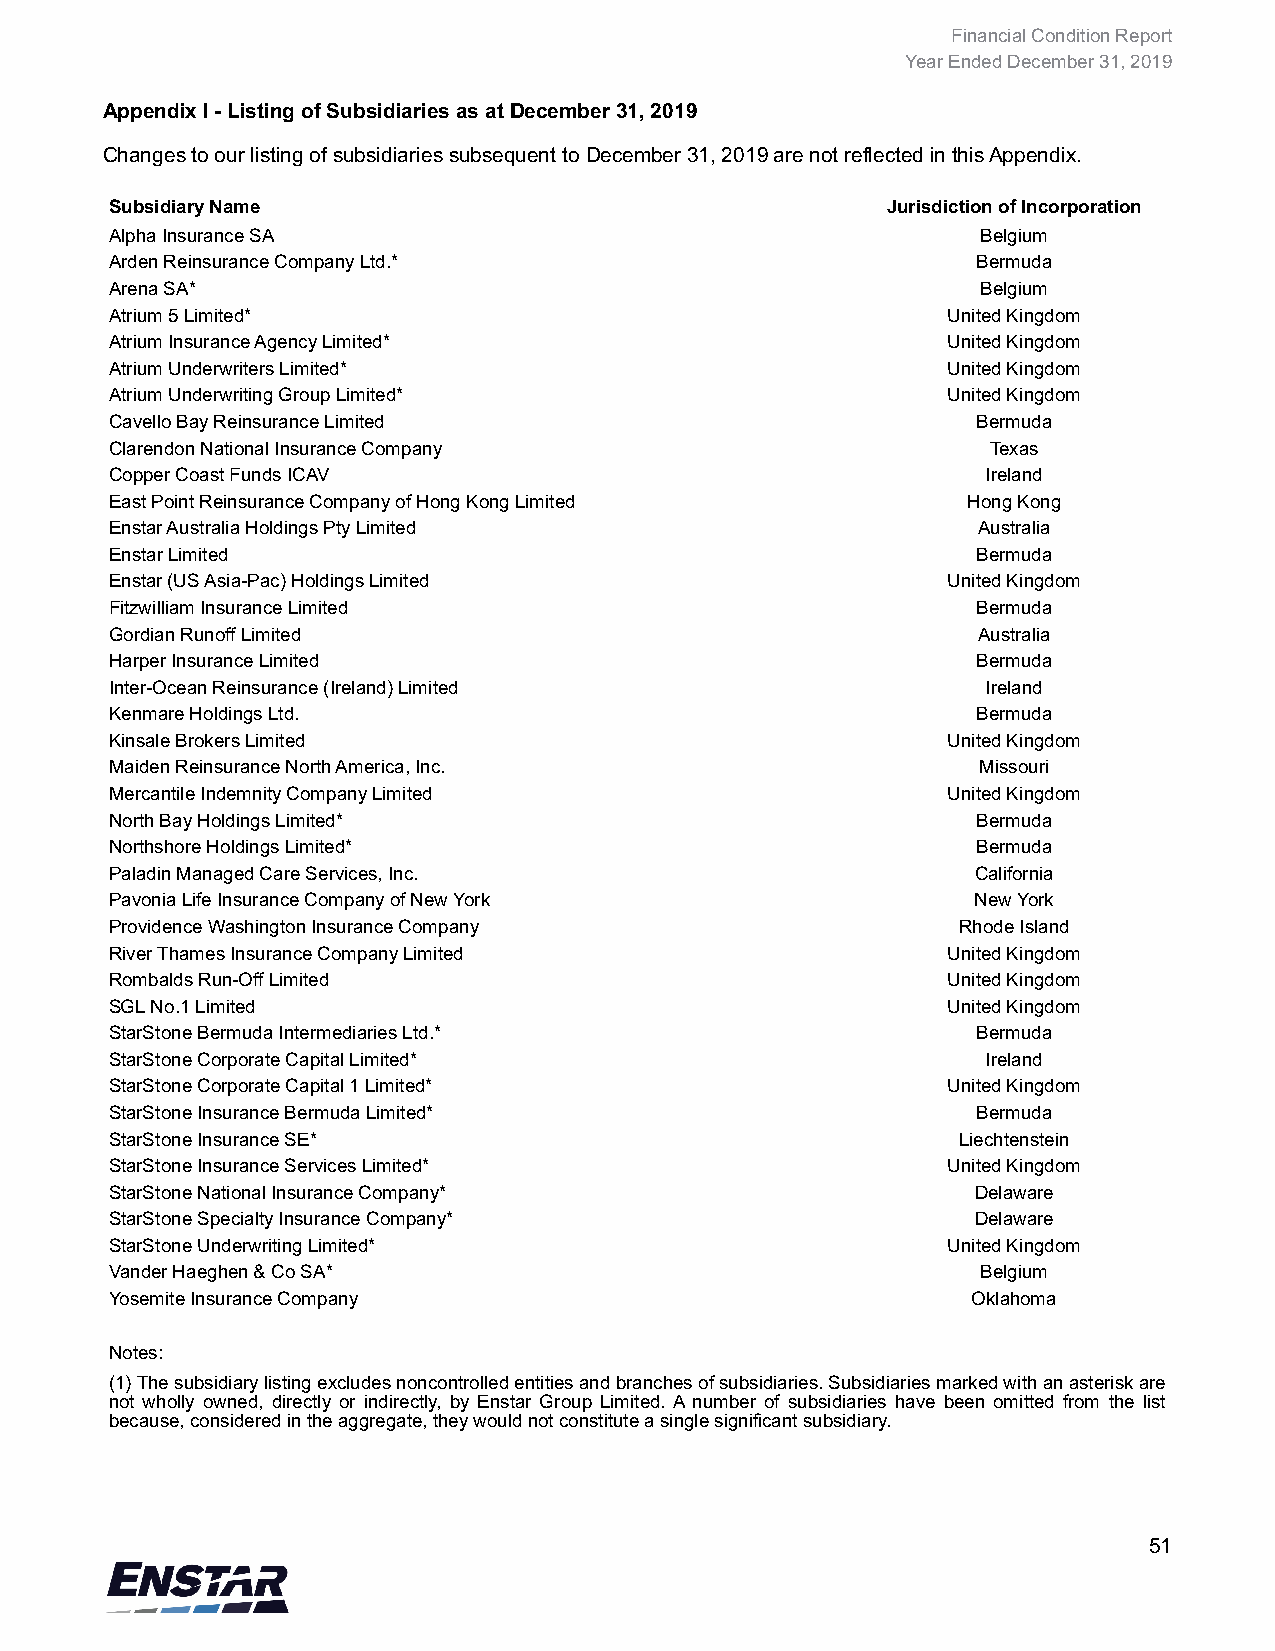
Financial Condition Report
 Year Ended December 31, 2019
 Appendix I - Listing of Subsidiaries as at December 31, 2019
 Changes to our listing of subsidiaries subsequent to December 31, 2019 are not reflected in this Appendix.
 Subsidiary Name                                     Jurisdiction of Incorporation
 Alpha Insurance SA                                        Belgium
 Arden Reinsurance Company Ltd.*                           Bermuda
 Arena SA*                                                 Belgium
 Atrium 5 Limited*                                       United Kingdom
 Atrium Insurance Agency Limited*                        United Kingdom
 Atrium Underwriters Limited*                            United Kingdom
 Atrium Underwriting Group Limited*                      United Kingdom
 Cavello Bay Reinsurance Limited                           Bermuda
 Clarendon National Insurance Company                       Texas
 Copper Coast Funds ICAV                                   Ireland
 East Point Reinsurance Company of Hong Kong Limited      Hong Kong
 Enstar Australia Holdings Pty Limited                     Australia
 Enstar Limited                                            Bermuda
 Enstar (US Asia-Pac) Holdings Limited                   United Kingdom
 Fitzwilliam Insurance Limited                             Bermuda
 Gordian Runoff Limited                                    Australia
 Harper Insurance Limited                                  Bermuda
 Inter-Ocean Reinsurance (Ireland) Limited                 Ireland
 Kenmare Holdings Ltd.                                     Bermuda
 Kinsale Brokers Limited                                 United Kingdom
 Maiden Reinsurance North America, Inc.                    Missouri
 Mercantile Indemnity Company Limited                    United Kingdom
 North Bay Holdings Limited*                               Bermuda
 Northshore Holdings Limited*                              Bermuda
 Paladin Managed Care Services, Inc.                       California
 Pavonia Life Insurance Company of New York                New York
 Providence Washington Insurance Company                 Rhode Island
 River Thames Insurance Company Limited                  United Kingdom
 Rombalds Run-Off Limited                                United Kingdom
 SGL No.1 Limited                                        United Kingdom
 StarStone Bermuda Intermediaries Ltd.*                    Bermuda
 StarStone Corporate Capital Limited*                      Ireland
 StarStone Corporate Capital 1 Limited*                  United Kingdom
 StarStone Insurance Bermuda Limited*                      Bermuda
 StarStone Insurance SE*                                 Liechtenstein
 StarStone Insurance Services Limited*                   United Kingdom
 StarStone National Insurance Company*                     Delaware
 StarStone Specialty Insurance Company*                    Delaware
 StarStone Underwriting Limited*                         United Kingdom
 Vander Haeghen & Co SA*                                   Belgium
 Yosemite Insurance Company                               Oklahoma
 Notes:
 (1) The subsidiary listing excludes noncontrolled entities and branches of subsidiaries. Subsidiaries marked with an asterisk are
 not wholly owned, directly or indirectly, by Enstar Group Limited. A number of subsidiaries have been omitted from the list
 because, considered in the aggregate, they would not constitute a single significant subsidiary.
 51